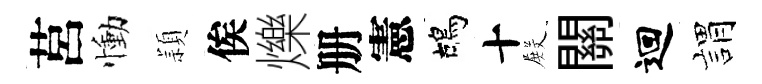
莒慟頴俟爍册憲鴣十𭮺關迴娟